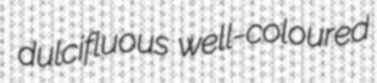
dulcifluous well-coloured